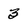
Character: 3